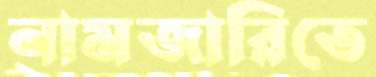
নামজারিতে